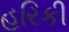
હરિકી